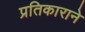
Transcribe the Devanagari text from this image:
प्रतिकाराने